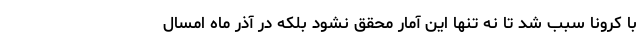
با کرونا سبب شد تا نه تنها این آمار محقق نشود بلکه در آذر ماه امسال